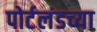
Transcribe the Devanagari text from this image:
पोर्टलंडच्या